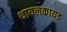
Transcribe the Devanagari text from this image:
थायलकायड